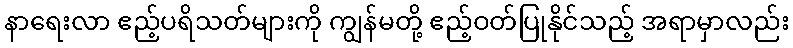
နာရေးလာ ဧည့်ပရိသတ်များကို ကျွန်မတို့ ဧည့်ဝတ်ပြုနိုင်သည့် အရာမှာလည်း